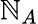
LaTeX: \mathbb{N}_{A}